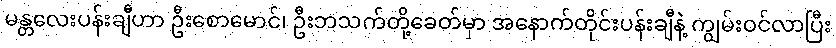
မန္တလေးပန်းချီဟာ ဦးစောမောင်၊ ဦးဘသက်တို့ခေတ်မှာ အနောက်တိုင်းပန်းချီနဲ့ ကျွမ်းဝင်လာပြီး